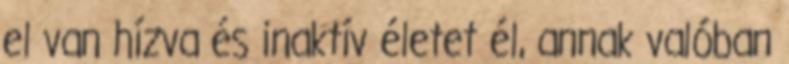
el van hízva és inaktív életet él, annak valóban